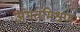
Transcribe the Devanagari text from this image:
अंगतमिश्रण